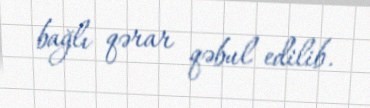
bağlı qərar qəbul edilib.